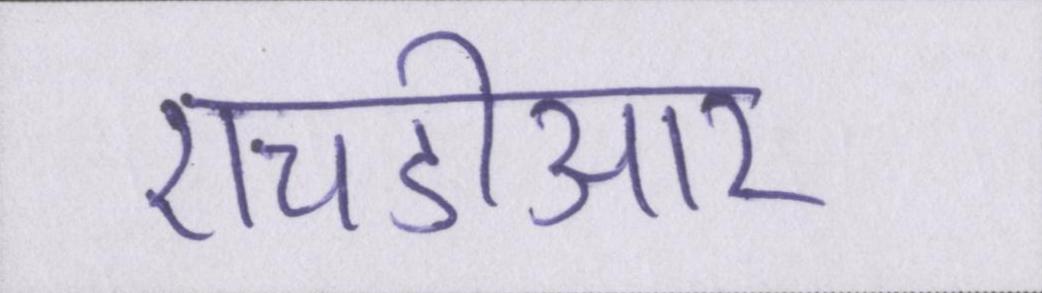
एचडीआर